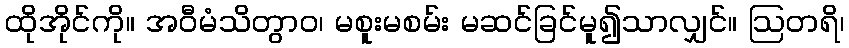
ထိုအိုင်ကို။ အဝီမံသိတွာဝ၊ မစူးမစမ်း မဆင်ခြင်မူ၍သာလျှင်။ ဩတရိ၊